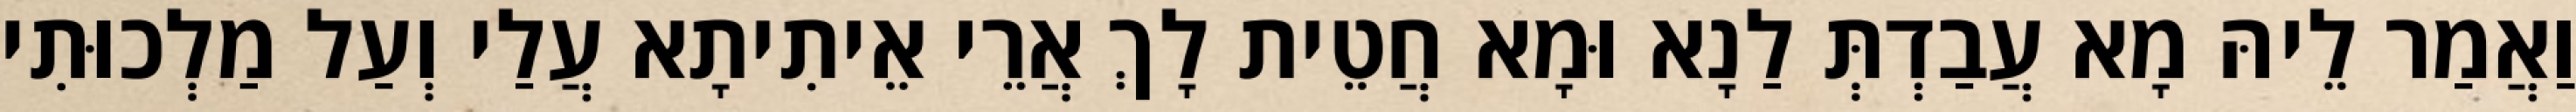
וַאֲמַר לֵיהּ מָא עֲבַדְתְּ לַנָא וּמָא חֲטֵית לָךְ אֲרֵי אֵיתִיתָא עֲלַי וְעַל מַלְכוּתִי